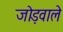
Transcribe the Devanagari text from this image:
जोड़वाले